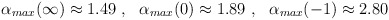
\begin{align*}\alpha_{max}(\infty)\approx 1.49 \ , \ \ \alpha_{max}(0)\approx 1.89\ , \ \ \alpha_{max}(-1)\approx 2.80\end{align*}